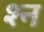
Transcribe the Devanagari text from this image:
श्न